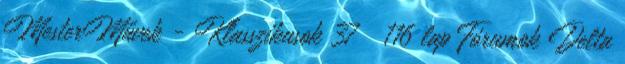
MesterMűvek - Klasszikusok 37 116 lap Fórumok Delta